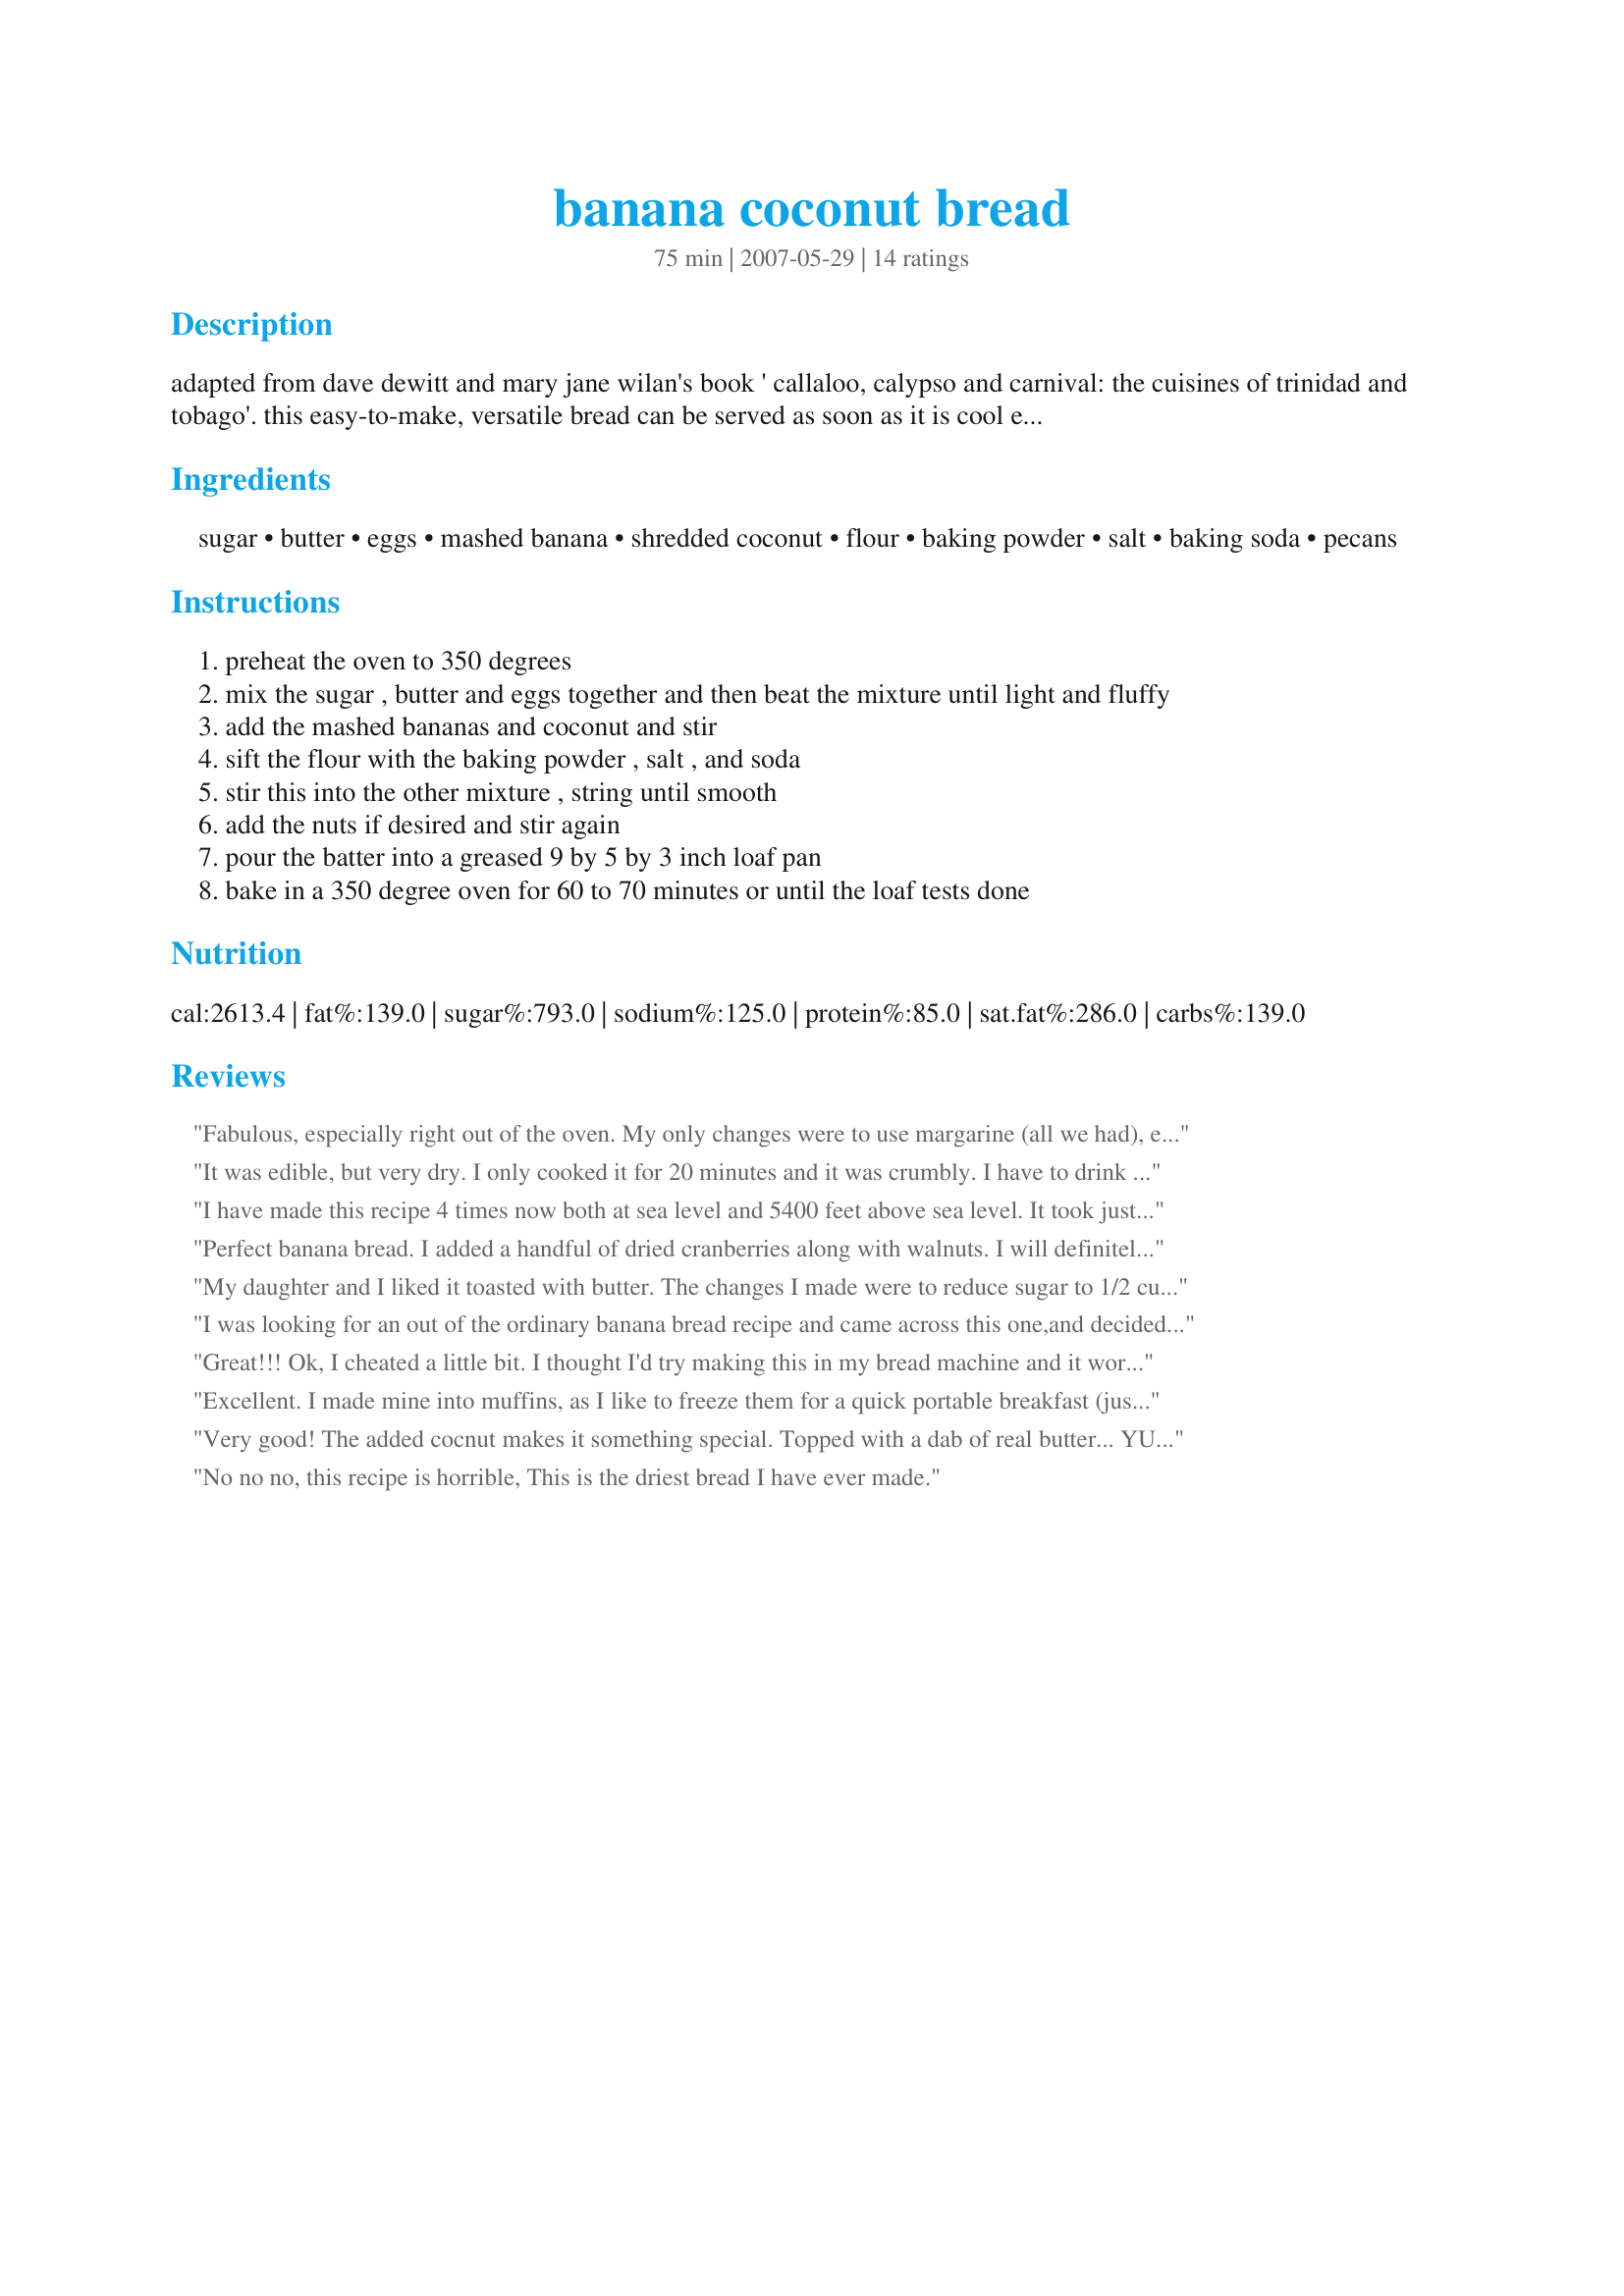
banana coconut bread
Preparation time: 75 minutes

adapted from dave dewitt and mary jane wilan's book ' callaloo, calypso and carnival: the cuisines of trinidad and tobago'. this easy-to-make, versatile bread can be served as soon as it is cool enough to slice for sandwiches, as a sweet with coffee, or even as a dessert. it is good just plain, or it can be embellished with cream cheese or butter. it freezes well.

Ingredients:
sugar, butter, eggs, mashed banana, shredded coconut, flour, baking powder, salt, baking soda, pecans

Steps:
preheat the oven to 350 degrees
mix the sugar , butter and eggs together and then beat the mixture until light and fluffy
add the mashed bananas and coconut and stir
sift the flour with the baking powder , salt , and soda
stir this into the other mixture , string until smooth
add the nuts if desired and stir again
pour the batter into a greased 9 by 5 by 3 inch loaf pan
bake in a 350 degree oven for 60 to 70 minutes or until the loaf tests done

Reviews:
Fabulous, especially right out of the oven. My only changes were to use margarine (all we had), egg substitute and 1/2 white, 1/2 whole wheat pastry flour. I did not add nuts, just our choice this time. It is very good and will be made again.
It was edible, but very dry. I only cooked it for 20 minutes and it was crumbly. I have to drink water just to get a bite down.
I have made this recipe 4 times now both at sea level and 5400 feet above sea level. It took just about 1 hour every time and consistently turned out great! I made it as is and subbing half the white flour for whole wheat pastry flour. I also did not have coconut once and it still was delicious. This is my new go to recipe for banana bread.
Perfect banana bread. I added a handful of dried cranberries along with walnuts. I will definitely make this again.
My daughter and I liked it toasted with butter. The changes I made were to reduce sugar to 1/2 cup, add a little extra coconut, substitute a little pack of applesauce for the melted butter, and use whole wheat pastry flour instead of AP flour. I left out the nuts because I wanted coconut to be the dominant flavor. I don&#039;t think the changes affected the taste much. I&#039;ll make this again.Thank you!
I was looking for an out of the ordinary banana bread recipe and came across this one,and decided to try it.Since almonds were all that I had,that is what was used.Also, I toasted the almonds and coconut.And in all honesty, I think it was the addition of the coconut made this bread extraordinary. The bread is so moist and full of flavor. And I'm so very glad I tried this recipe, it happens to be the BEST banana bread that I have ever eaten. Thank you so much for posting a wonderful recipe that WILL be made again. " Keep Smiling :) "
Great!!! Ok, I cheated a little bit. I thought I'd try making this in my bread machine and it worked!!! Quick bread without heating up the house!!! I just mixed it together and dumped it in and set to bake! Perfect!
Excellent. I made mine into muffins, as I like to freeze them for a quick portable breakfast (just thaw &amp; eat), great for camping trips too. I reduced the sugar to 1/2 c. and used light brown sugar instead of granulated sugar. I also added 1 t. pure coconut extract &amp; canola oil instead of butter. I pulsed the pecans in the food processor until they were a fine meal (my kids don&#039;t care for the crunch of the nuts but don&#039;t know they&#039;re in there when I do this but still get the protein:). These baked up beautifully golden and moist in 20 minutes. Thanks for sharing, these will be in our regular rotation. I was tempted to throw in some mini dark chocolate chips, perhaps next time!
Very good! The added cocnut makes it something special. Topped with a dab of real butter... YUMMERS!
No no no, this recipe is horrible, This is the driest bread I have ever made.
Just hot out of the oven, and I burnt my GREEDY mouth by trying it when it was still TOO hot! Wonderful - I used 1/4 cup less sugar, as I used brown sugar and my bananas were VERY ripe!!!! I added the optional nuts - Walnuts and I am now waiting for it to cool down to have ANOTHER slice, and photograph it NICELY with my afternoon cuppa! Great recipe thanks Ev - made for ZWT3! FT:-)
Wow, what a great Banana-Coconut Bread, came out prefect. Have had everyday for breakfast, with my tea or coffee. Great recipe, thanks for posting it.
This is a delightful recipe, loaded with wonderful goodies. When I have a banana that is becoming too ripe, I throw it in a plastic bag in the freezer. When I've collected enough, I'll make a banana bread. Because I had so many, I doubled the recipe and baked four mini loaves. Darling! I toasted the coconut and walnuts first to bring out their flavors. After cooling, I wrapped the loaves in plastic wrap and put the in vacuum sealed bags to freeze. Removing one at a time keeps them fresh. I enjoy this bread lightly toasted with a cup of coffee or tea.
Made this today, followed exact directions and it was dry and all I could taste was the baking powder. The recipe calls for 2 tsp baking powder, my standyby banana bread recipe calls for 1/2 tsp.
